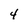
Character: 4